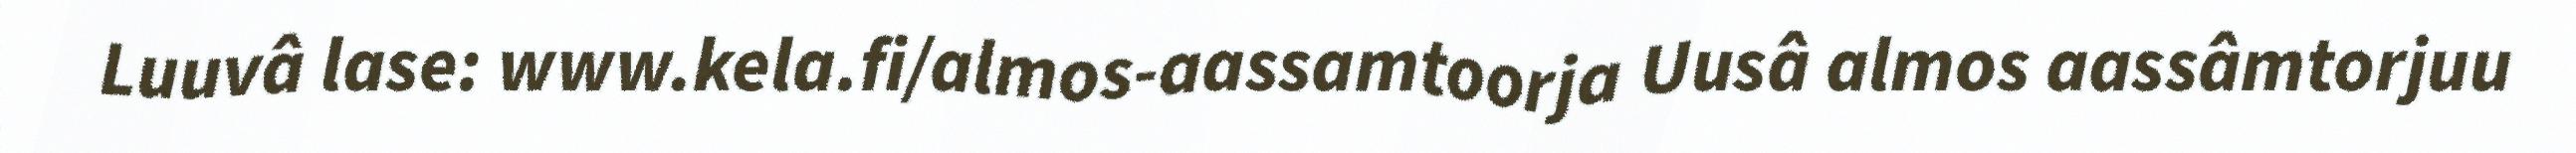
Luuvâ lase: www.kela.fi/almos-aassamtoorja Uusâ almos aassâmtorjuu